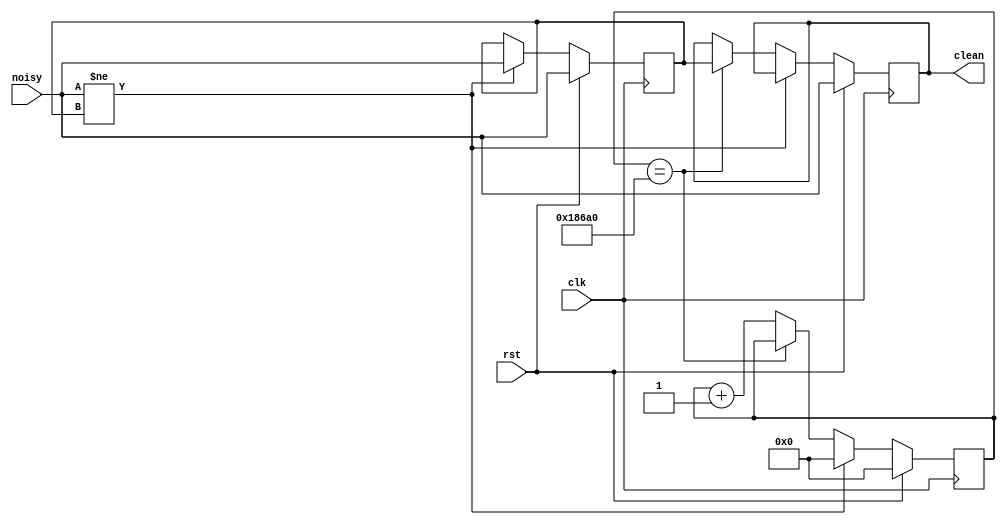
`timescale 1ns / 1ps
//////////////////////////////////////////////////////////////////////////////////
// Company: BU
// 
// Module Name:    debouncer 
// Project Name: Lab 1 - ALU and Microprocessor Design and implementation
// Target Devices: Nexys3 Spartan 6
// Revision 0.01 - File Created
//
//////////////////////////////////////////////////////////////////////////////////
module debouncer(
	input  wire rst,
	input  wire clk,        // 1 MHz
   input  wire noisy,
   output reg clean
   );

	parameter NDELAY = 100000;
	parameter NBITS = 17;

	// Divide the Clock to 5 Hz
	reg [NBITS-1:0] counter;
	reg xnew;
	
	always @ (posedge(clk)) begin
		if (rst) begin
			xnew <= noisy;
			clean <= noisy;
			counter <= 0;
		end else if (noisy != xnew) begin
			xnew <= noisy;
			counter <= 0;
		end else if (counter == NDELAY) begin
			clean <= xnew;
		end else begin
			counter <= counter + 1'b1;
		end
	end

endmodule